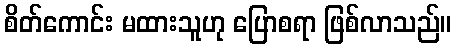
စိတ်ကောင်း မထားသူဟု ပြောစရာ ဖြစ်လာသည်။